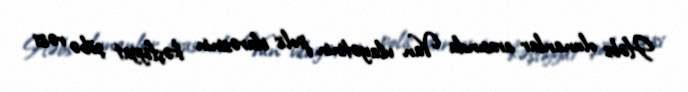
Həbs olunanlar arasında Van vilayətinin polis idarəsinin kəşfiyyat şöbə rəisi